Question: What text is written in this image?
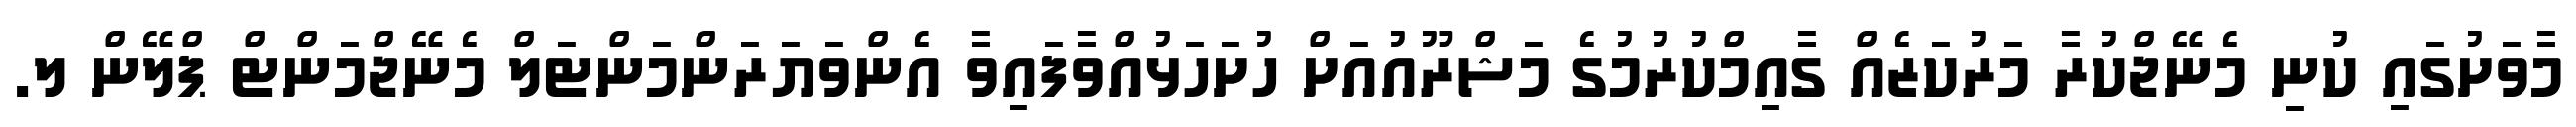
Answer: މާވަށުގައި ކުނި މެނޭޖްކުރާ މަރުކަޒެއް ގާއިމްކުރުމުގެ މަޝްރޫއުއަށް ހުށަހަޅުއްވާފައިވާ އެންވަޔަރަންމަންޓަލް މެނޭޖްމަންޓް ޕްލޭން ލ.